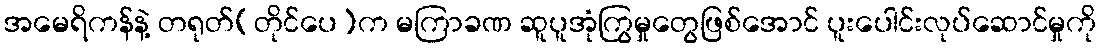
အမေရိကန်နဲ့ တရုတ်(တိုင်ပေ)က မကြာခဏ ဆူပူအုံကြွမှုတွေဖြစ်အောင် ပူးပေါင်းလုပ်ဆောင်မှုကို